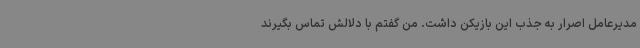
مدیرعامل اصرار به جذب این بازیکن داشت. من گفتم با دلالش تماس بگیرند